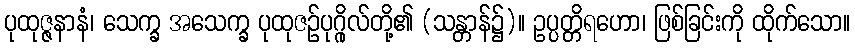
ပုထုဇ္ဇနာနံ၊ သေက္ခ အသေက္ခ ပုထုဇဉ်ပုဂ္ဂိုလ်တို့၏ (သန္တာန်၌)။ ဥပ္ပတ္တိရဟော၊ ဖြစ်ခြင်းကို ထိုက်သော။